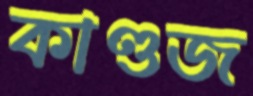
কাণ্ডজ